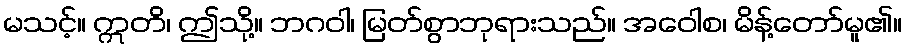
မသင့်။ ဣတိ၊ ဤသို့။ ဘဂဝါ၊ မြတ်စွာဘုရားသည်။ အဝေါစ၊ မိန့်တော်မူ၏။